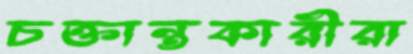
চক্তান্তকারীরা